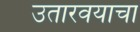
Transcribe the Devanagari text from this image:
उतारवयाचा